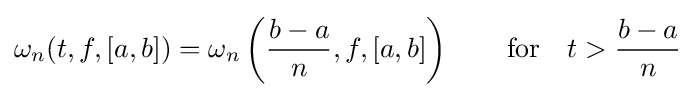
\omega _{n}(t,f,[a,b])=\omega _{n}\left({\frac {b-a}{n}},f,[a,b]\right)\qquad {\text{for}}\quad t>{\frac {b-a}{n}}